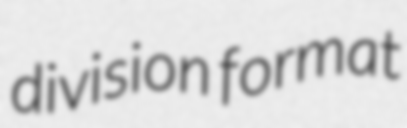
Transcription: division format